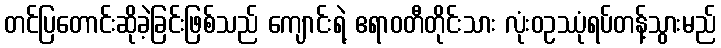
တင်ပြတောင်းဆိုခဲ့ခြင်းဖြစ်သည် ကျောင်းရဲ့ ဧရာဝတီတိုင်းသား လုံးဝဥဿုံရပ်တန့်သွားမည်